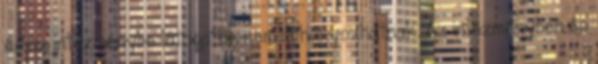
és az intézménybe látogatók nem dohányozhatnak. Az intézményben és